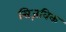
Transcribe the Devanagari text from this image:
सिज़विक